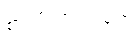
စာလိကာပဗ္ဗတေ